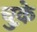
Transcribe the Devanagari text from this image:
चुक़े